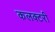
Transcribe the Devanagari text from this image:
कलक्टरी